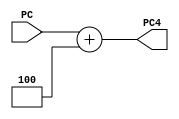
// This program was cloned from: https://github.com/SilenceX12138/MIPS-Microsystems
// License: MIT License

module ADD4(PC,PC4);
//interface
    input [31:0] PC;

    output [31:0] PC4;

//combinational logic
    assign PC4=PC+4;

endmodule